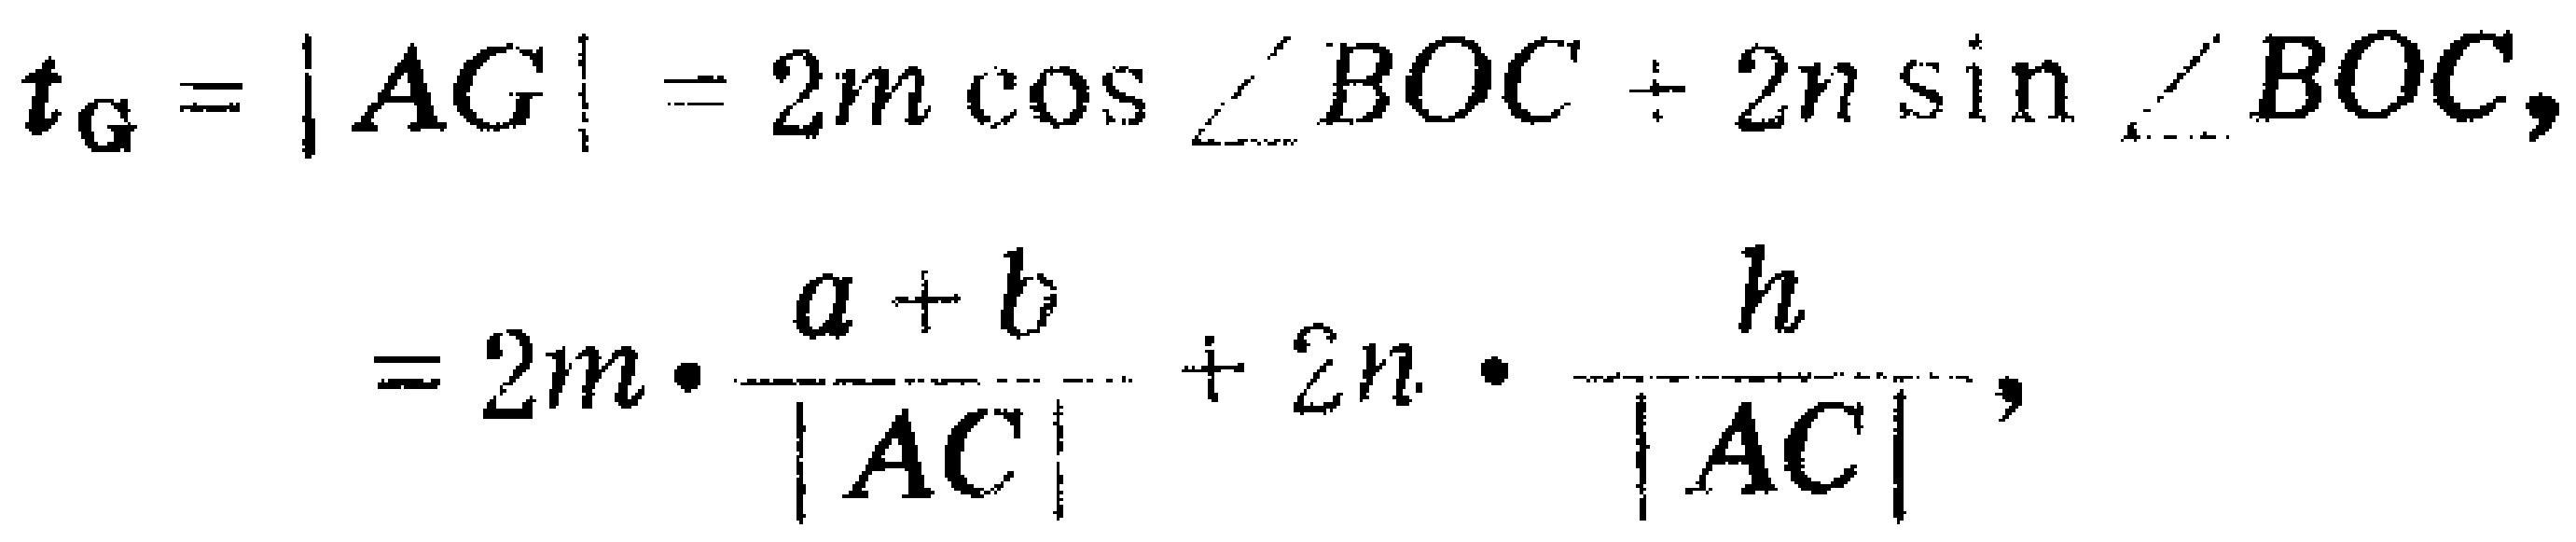
\[
t_{G}=|AG| = 2m\cos\angle BOC + 2n\sin\angle BOC,
\]
\[
=2m\cdot\frac{a + b}{|AC|}+2n\cdot\frac{h}{|AC|},
\]